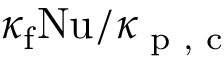
\kappa _ { \mathrm { f } } \mathrm { N u } / \kappa _ { \textrm { p , c } }